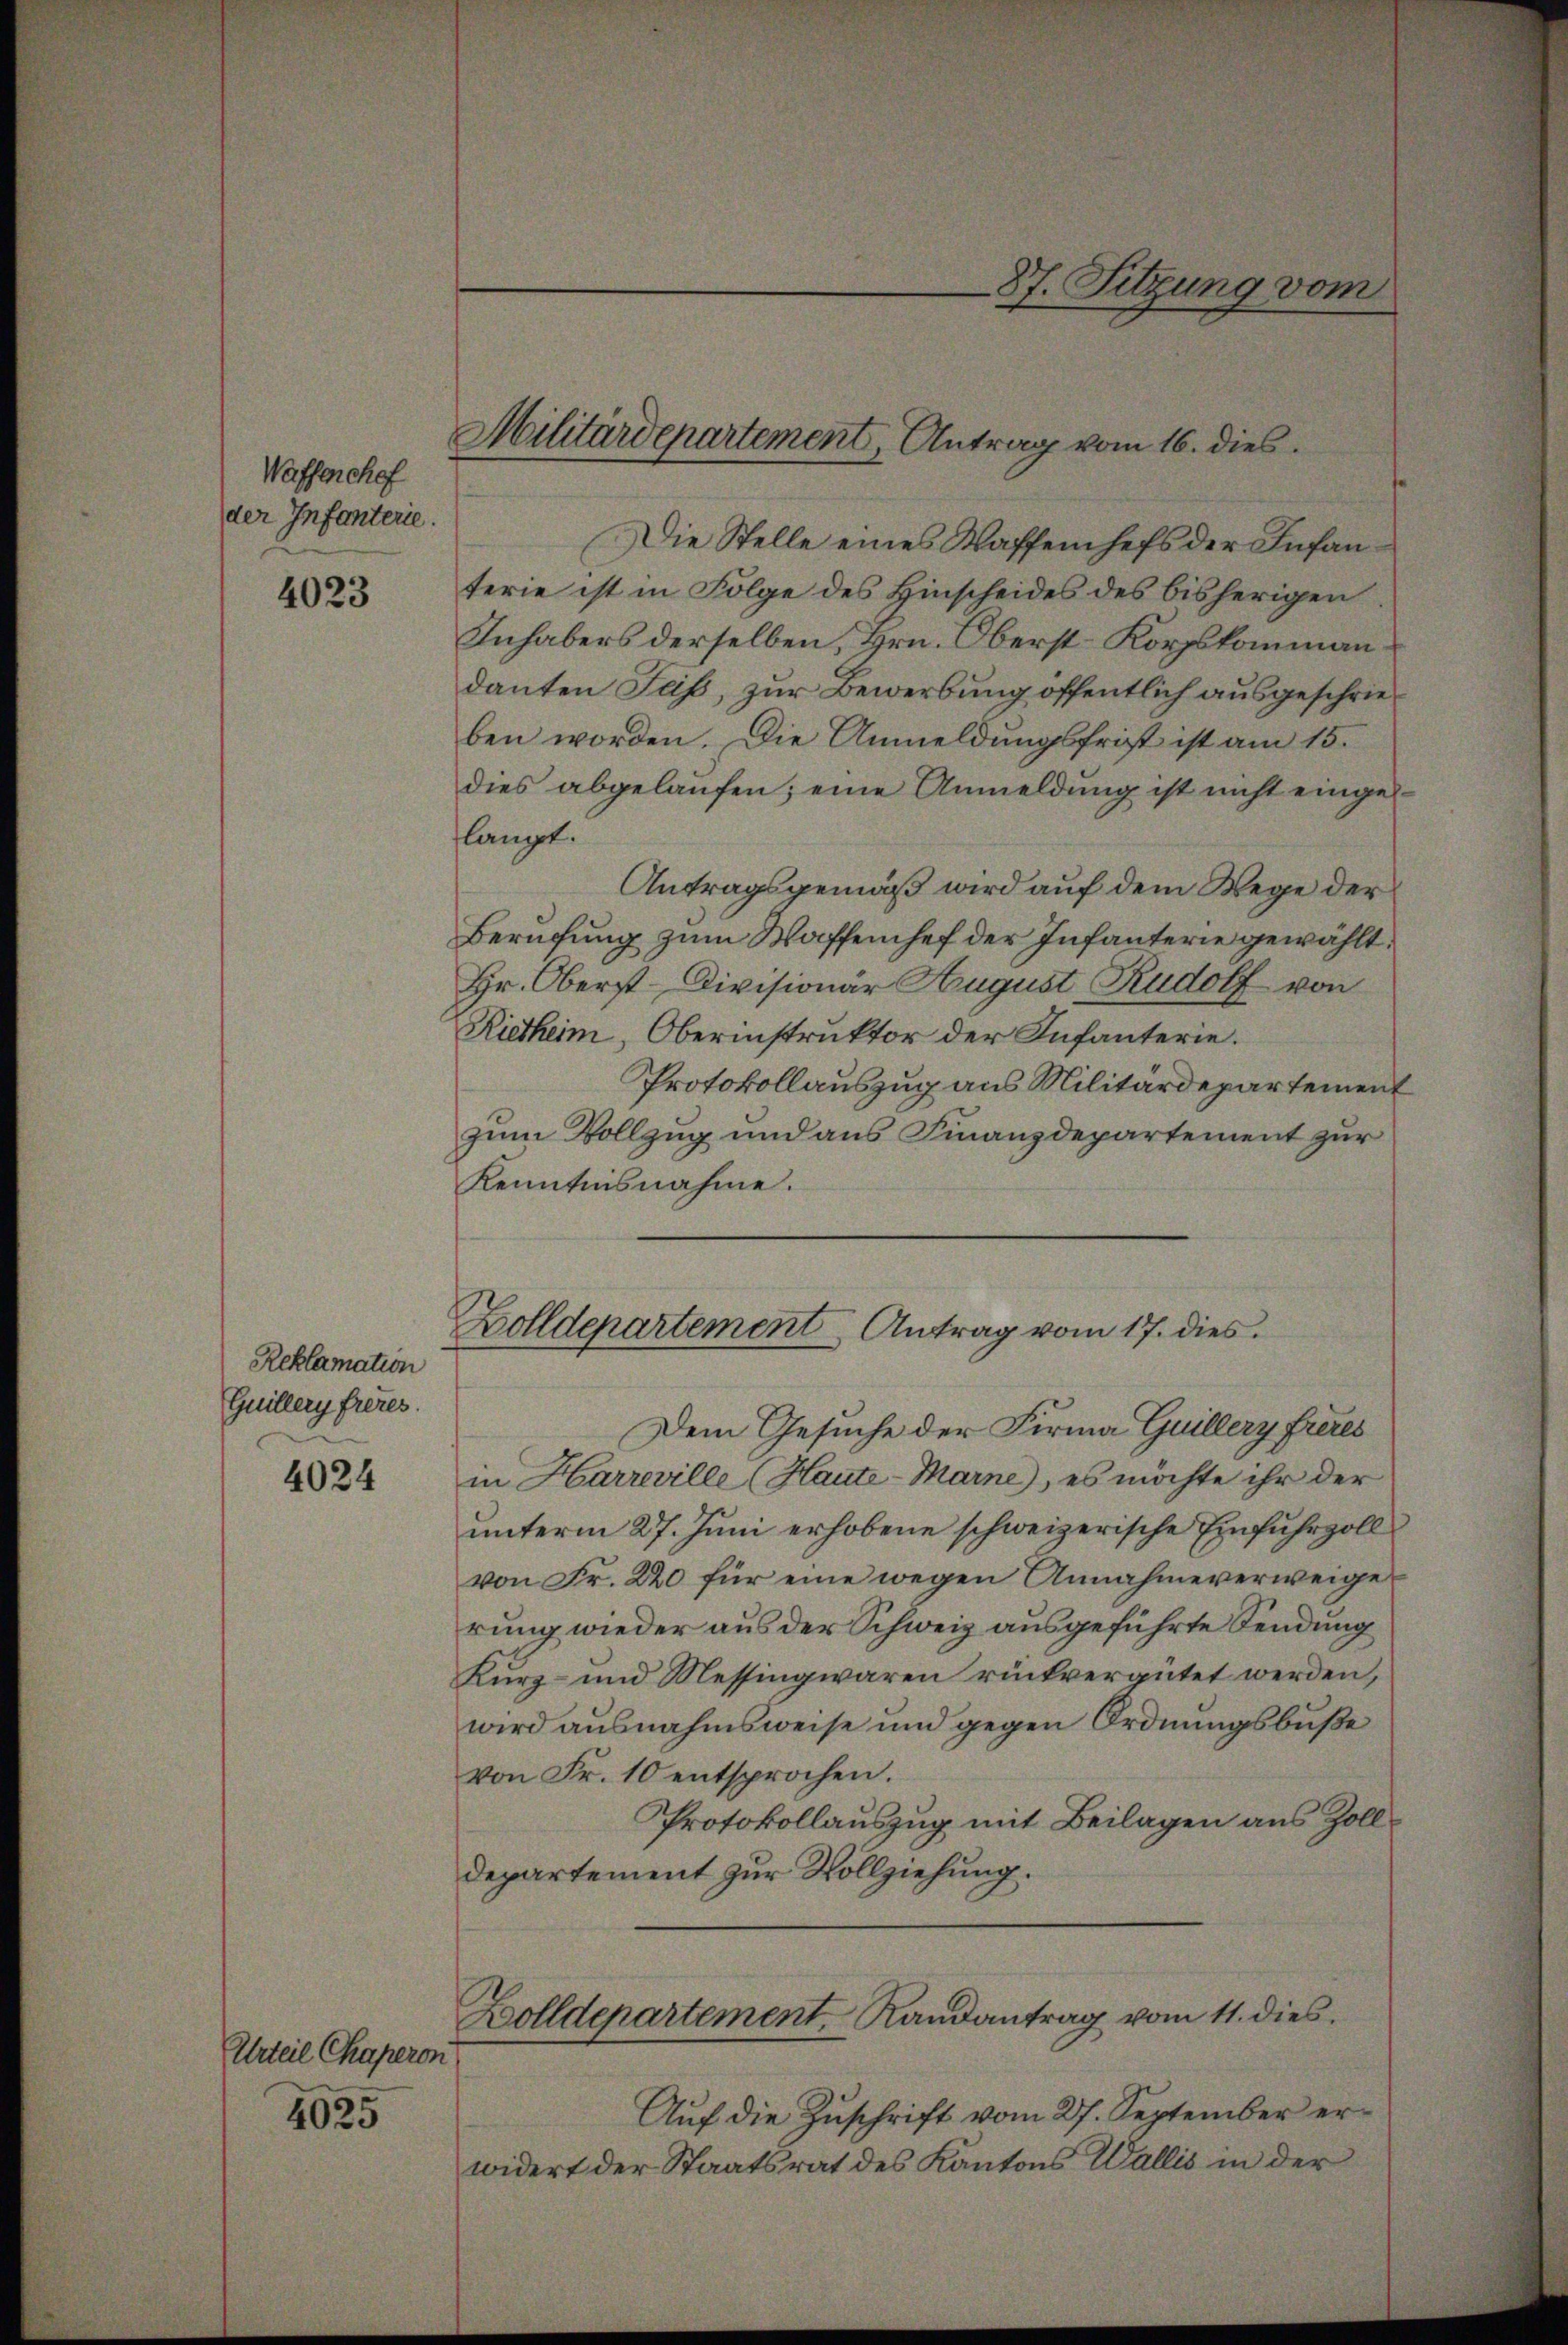
Waffenchef
der Infanterie.

4023

Reklamation
Guillery frères.

4024

Urteil Chaperon
4025

Die Stelle eines Waffenhefs der Infanterie ist in Folge des Hinscheides des bisherigen
Inhabers derselben, Hrn. Oberst-Korpskommann
danten Faß, zur Bewerbung öffentlich ausgeschrieben worden. Die Anmeldungsfrist ist am 15.
dies abgelaŭfen; eine Anmeldung ist nicht eingeflampt.
Antragsgemäß wird auf dem Wege der
Berufung zum Waffenhef der Infanterie gewählt:
Hr. Oberst-Divisionär August Rudolf von
Rietheim, Oberinstruktor der Infanterie.
Protokollauszug aus Militärdepartement
zum Vollzug und aus Finanzdepartement zur
Kenntnisnahme.

S7. Sitzung vom

Militärdepartement, Antrag vom 16. dies

Zolldepartement Antrag vom 17. dies
Dem Gesuche der Firma Guillery frères

in Harreville (Haute-Marne), es möchte ihr der
unterm 27. Juni erhobene schweizerische Einfuhrzoll
von Fr. 220 für eine wegen Annahmeverweiger
rung wieder aus der Schweiz ausgeführte Sendung
Kurz- und Messingwaren rückvergütet werden,
wird ausnahmsweise und gegen Ordnungsbuße
von Fr. 10 entsprochen.
Protokollauszug mit Beilagen aus Zoll¬
Departement zur Vollziehung.
Zolldepartement, Randantrag vom 11. dies
Auf die Zuschrift vom 27. September erwidert der Staatsrat des Kantons Wallis in der